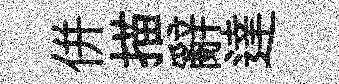
併描辭達